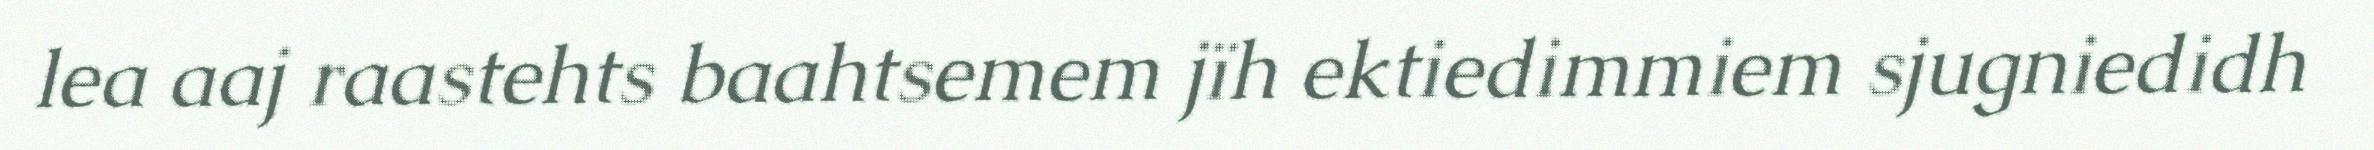
lea aaj raastehts baahtsemem jïh ektiedimmiem sjugniedidh